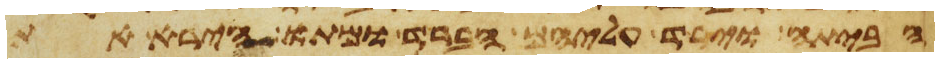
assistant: הביתה וירד עליהם הברד ומתו הירא את